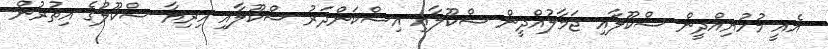
އެއީ މުހުޔިއްދީން ސްކޫލާއި ޖަމާލުއްދީން ސްކޫލާއި އިސްކަންދަރު ސްކޫލާއި ހިރިޔާ ސްކޫލުގެ އިތުރުން